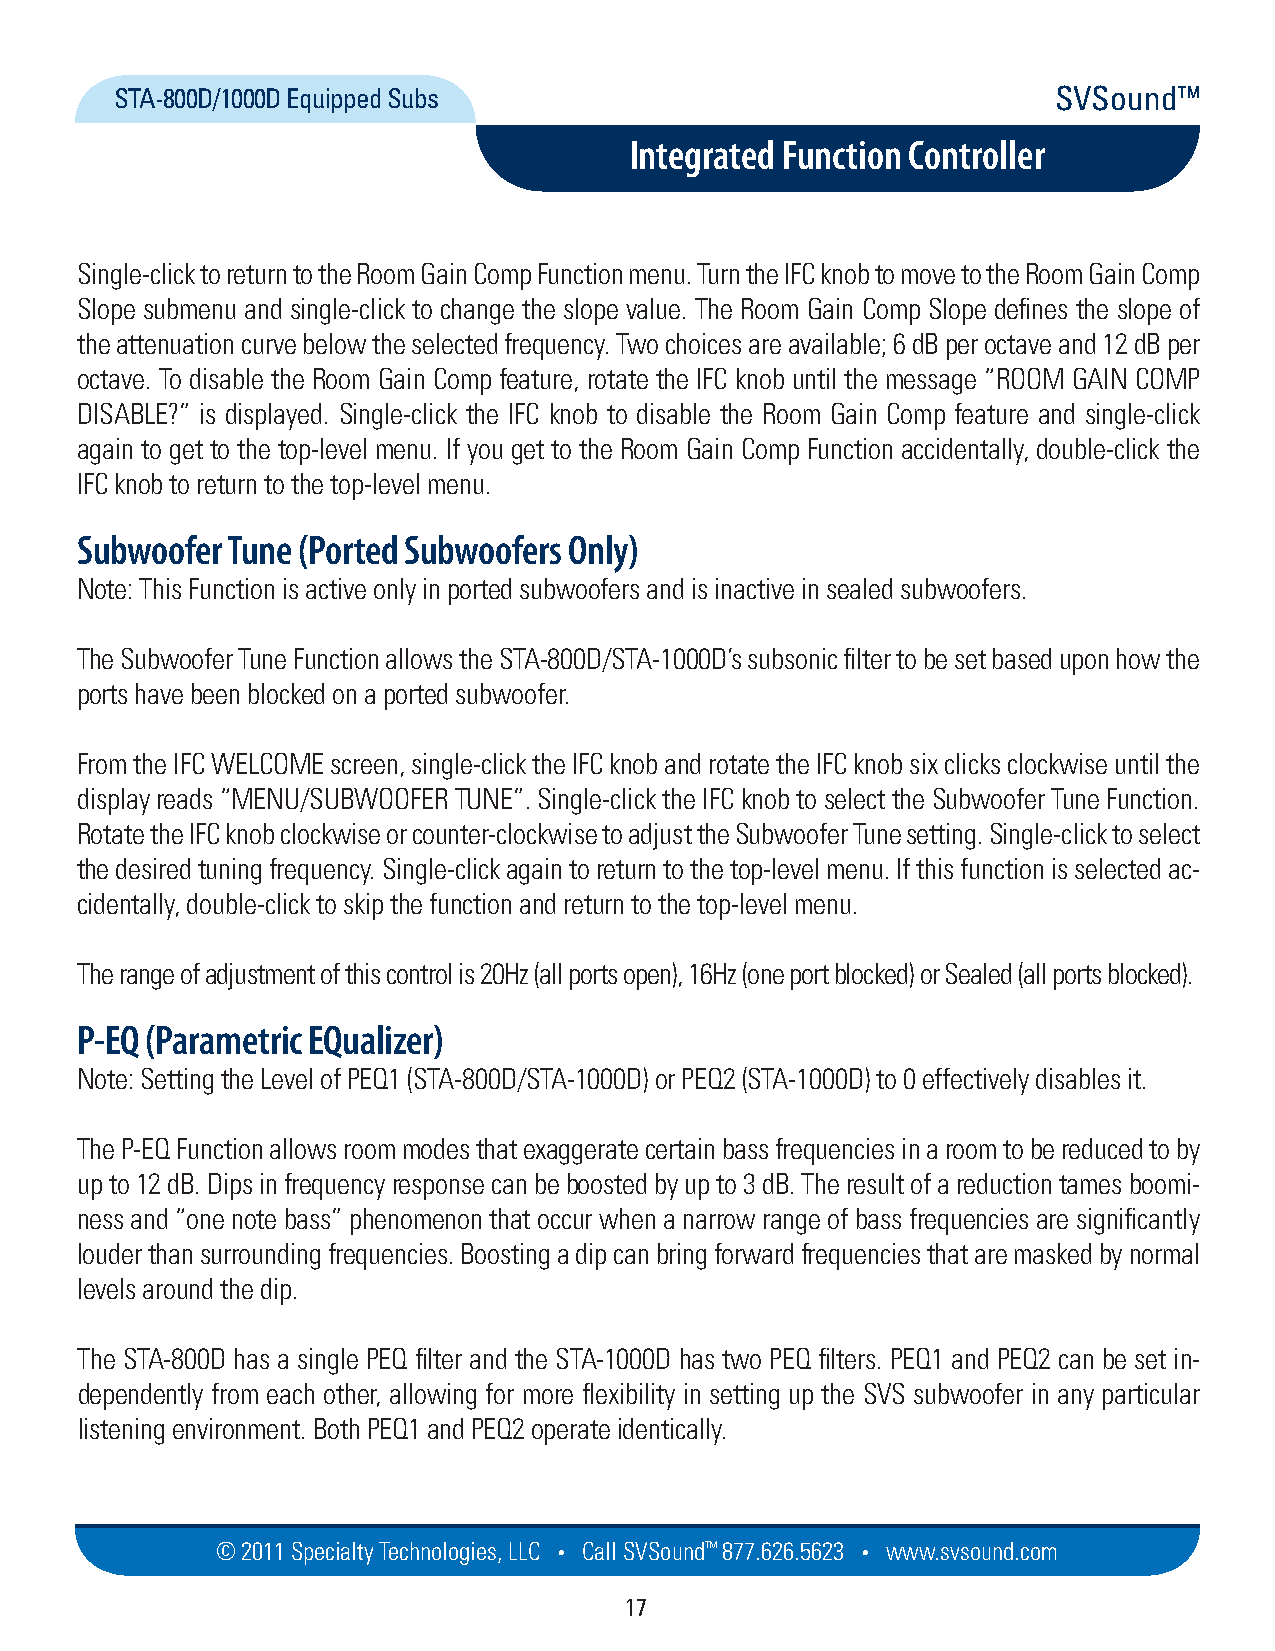
STA-800D/1000D Equipped Subs                                  SVSound™
 Integrated Function Controller
 Single-click to return to the Room Gain Comp Function menu. Turn the IFC knob to move to the Room Gain Comp
 Slope submenu and single-click to change the slope value. The Room Gain Comp Slope defines the slope of
 the attenuation curve below the selected frequency. Two choices are available; 6 dB per octave and 12 dB per
 octave. To disable the Room Gain Comp feature, rotate the IFC knob until the message “ROOM GAIN COMP
 DISABLE?” is displayed. Single-click the IFC knob to disable the Room Gain Comp feature and single-click
 again to get to the top-level menu. If you get to the Room Gain Comp Function accidentally, double-click the
 IFC knob to return to the top-level menu.
 Subwoofer Tune (Ported Subwoofers Only)
 Note: This Function is active only in ported subwoofers and is inactive in sealed subwoofers.
 The Subwoofer Tune Function allows the STA-800D/STA-1000D’s subsonic filter to be set based upon how the
 ports have been blocked on a ported subwoofer.
 From the IFC WELCOME screen, single-click the IFC knob and rotate the IFC knob six clicks clockwise until the
 display reads “MENU/SUBWOOFER TUNE”. Single-click the IFC knob to select the Subwoofer Tune Function.
 Rotate the IFC knob clockwise or counter-clockwise to adjust the Subwoofer Tune setting. Single-click to select
 the desired tuning frequency. Single-click again to return to the top-level menu. If this function is selected ac-
 cidentally, double-click to skip the function and return to the top-level menu.
 The range of adjustment of this control is 20Hz (all ports open), 16Hz (one port blocked) or Sealed (all ports blocked).
 P-EQ (Parametric EQualizer)
 Note: Setting the Level of PEQ1 (STA-800D/STA-1000D) or PEQ2 (STA-1000D) to 0 effectively disables it.
 The P-EQ Function allows room modes that exaggerate certain bass frequencies in a room to be reduced to by
 up to 12 dB. Dips in frequency response can be boosted by up to 3 dB. The result of a reduction tames boomi-
 ness and “one note bass” phenomenon that occur when a narrow range of bass frequencies are significantly
 louder than surrounding frequencies. Boosting a dip can bring forward frequencies that are masked by normal
 levels around the dip.
 The STA-800D has a single PEQ filter and the STA-1000D has two PEQ filters. PEQ1 and PEQ2 can be set in-
 dependently from each other, allowing for more flexibility in setting up the SVS subwoofer in any particular
 listening environment. Both PEQ1 and PEQ2 operate identically.
 © 2011 Specialty Techno logies, LLC • Call SVSound™ 877.626.5623 • www.svs ou nd.com
 17